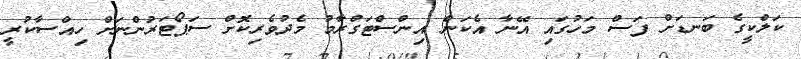
ކަލްކީގެ ބަނޑަށް ފަސް މަހުގައި އޭނާ އެކަން އިންސްޓަގްރާމު މެދުވެރިކޮށް ސަޕޯޓަރުންނަށް ހިއްސާކުރީ